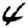
Digit: 4